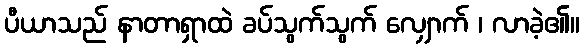
ပီယာသည် နာတာရှာထဲ ခပ်သွက်သွက် လျှောက် ၊ လာခဲ့၏။